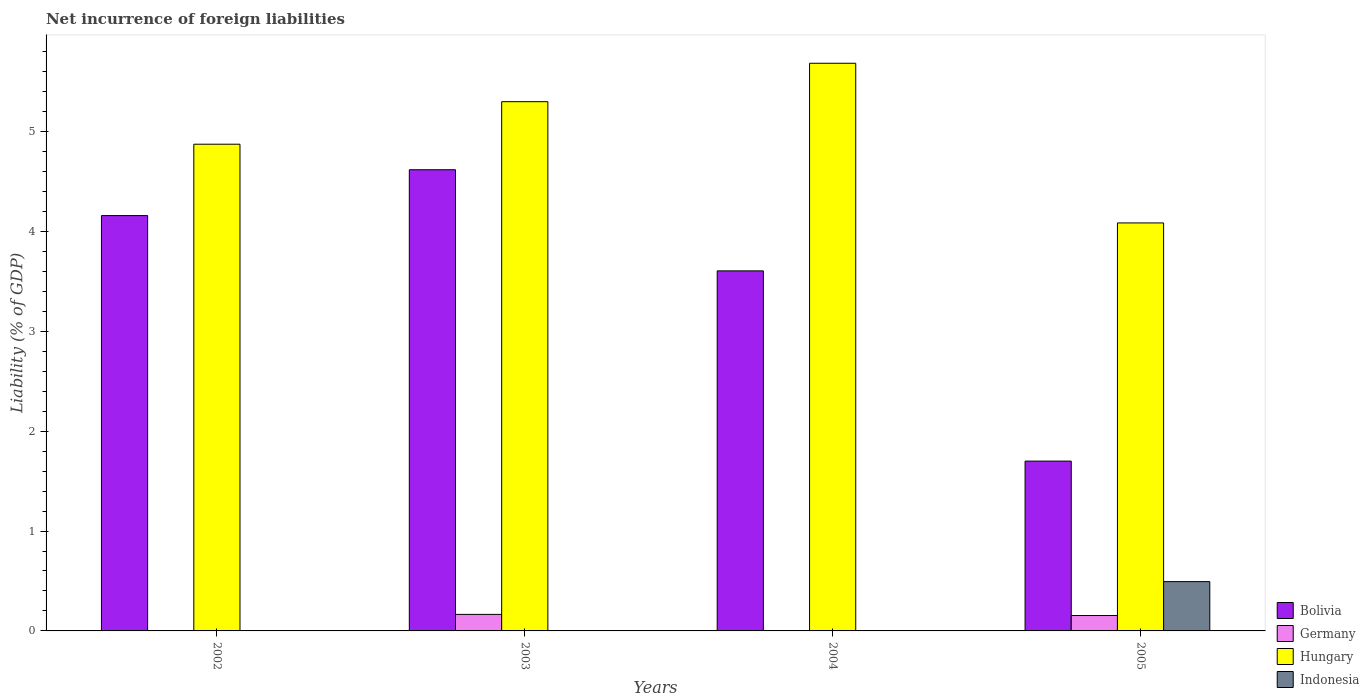
| Years | Bolivia | Germany | Hungary | Indonesia |
 | --- | --- | --- | --- | --- |
 | 2002 | 4.16 | -0.0741 | 4.87 | -0.135 |
 | 2003 | 4.62 | 0.165 | 5.3 | -0.333 |
 | 2004 | 3.6 | -0.192 | 5.68 | -0.424 |
 | 2005 | 1.7 | 0.154 | 4.08 | 0.494 |